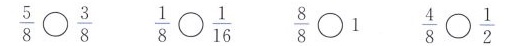
\frac{5}{8}\bigcirc \frac{3}{8} \frac{1}{8}\bigcirc \frac{1}{16} \frac{8}{8}\bigcirc 1 \frac{4}{8}\bigcirc \frac{1}{2}